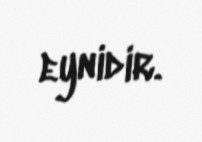
eynidir.